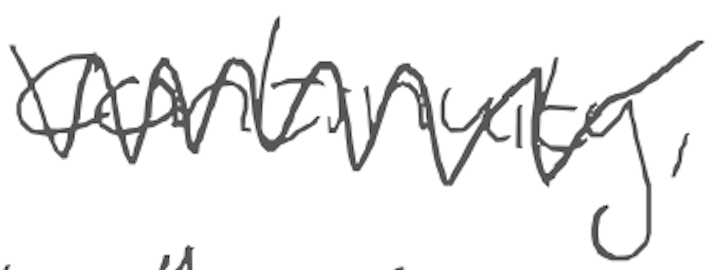
Text: continuity,
Cross-out: mix
Writing tool: digital_gray